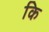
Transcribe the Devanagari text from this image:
कि